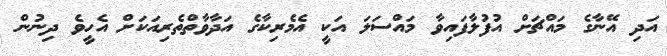
އަދި އޭނާގެ މައްޗަށް އުފުލާފައިވާ މައްސަލަ އަކީ އެމެރިކާގެ އަދާވާތްތެރިއަކަށް އެހީވެ ދިނުން